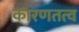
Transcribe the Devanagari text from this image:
कारणतत्व